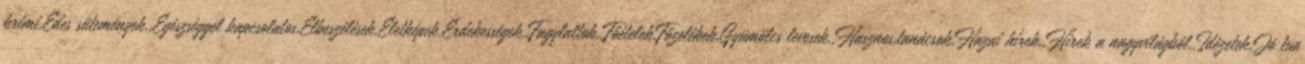
krimi,Édes sütemények.,Egészséggel kapcsolatos,Elbeszélések,Életképek,Érdekességek.,Fagylaltok.,Főételek,Főzelékek,Gyümölcs levesek.,Hasznos,tanácsok,Hazai hírek.,Hírek a nagyvilágból.,Idézetek,Jó tud